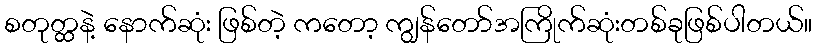
စတုတ္ထနဲ့ နောက်ဆုံး ဖြစ်တဲ့ ကတော့ ကျွန်တော်အကြိုက်ဆုံးတစ်ခုဖြစ်ပါတယ်။